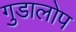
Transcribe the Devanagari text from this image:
गुडालोप